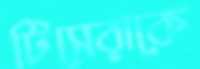
টিসেরাকে